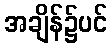
အချိန်၌ပင်